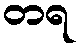
တရ